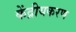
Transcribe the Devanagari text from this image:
केंद्रीयकरण